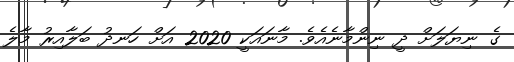
ގެ ނިޔަލަށް ދީ ނިންމާނެއެވެ. މާނައަކީ 2020 އަށް ހަނދު ބަލާއިރު މާލެ